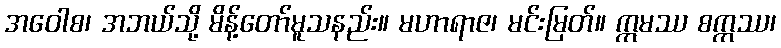
အဝေါစ၊ အဘယ်သို့ မိန့်တော်မူသနည်း။ မဟာရာဇ၊ မင်းမြတ်။ ဣမဿ စက္ကဿ၊